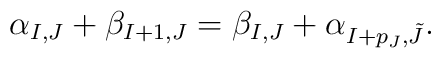
\alpha_{I,J}+\beta_{I+1,J}=\beta_{I,J}+\alpha_{I+p_J,\tilde{J}}.